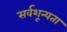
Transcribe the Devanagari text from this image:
सर्वशून्यता